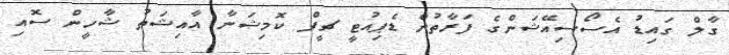
ގާލް ގައިޑު އެސޯސިއޭޝަންގެ ފަރާތުން ޑެޕިއުޓީ ޗީފް ކޮމިޝަނާ އާއިޝަތު ޝާހީން ސޮއި